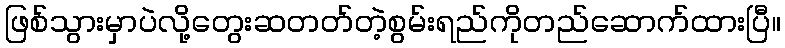
ဖြစ်သွားမှာပဲလို့တွေးဆတတ်တဲ့စွမ်းရည်ကိုတည်ဆောက်ထားပြီ။